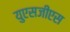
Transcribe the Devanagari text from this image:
युएसजीएस